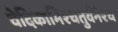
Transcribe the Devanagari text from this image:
वेदिकाभिश्चतुर्वनैश्च